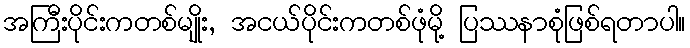
အကြီးပိုင်းကတစ်မျိုး, အငယ်ပိုင်းကတစ်ဖုံမို့ ပြဿနာစုံဖြစ်ရတာပါ။